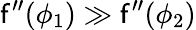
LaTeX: \mathsf{f}^{\prime\prime}(\phi_{1})\gg\mathsf{f}^{\prime\prime}(\phi_{2})